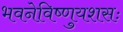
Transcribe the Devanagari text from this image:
भवनेविष्णुयशसः